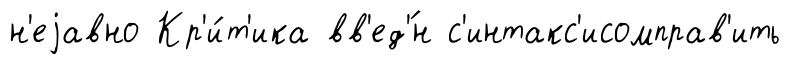
н'еjавно Кр'и́т'ика вв'ед'́н с'интакс'исомправ'ить